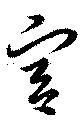
宮